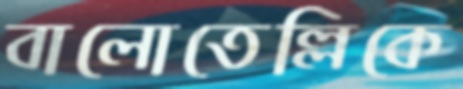
বালোতেল্লিকে